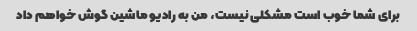
برای شما خوب است مشکلی نیست، من به رادیو ماشین گوش خواهم داد